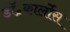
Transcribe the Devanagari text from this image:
डॉ॰कार्लोस